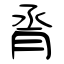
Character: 脀